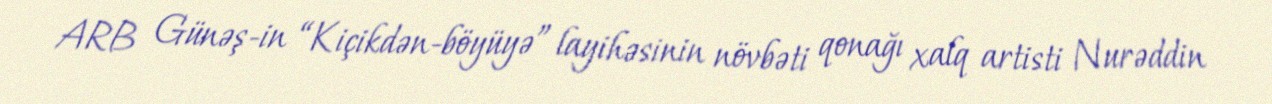
ARB Günəş-in “Kiçikdən-böyüyə” layihəsinin növbəti qonağı xalq artisti Nurəddin